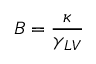
B = { \frac { \kappa } { \gamma _ { L V } } }